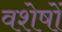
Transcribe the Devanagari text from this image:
वशेषों